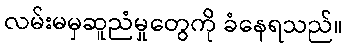
လမ်းမမှဆူညံမှုတွေကို ခံနေရသည်။